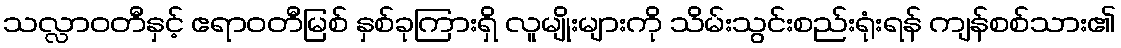
သလ္လာဝတီနှင့် ဧရာဝတီမြစ် နှစ်ခုကြားရှိ လူမျိုးများကို သိမ်းသွင်းစည်းရုံးရန် ကျန်စစ်သား၏